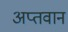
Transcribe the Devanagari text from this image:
अप्तवान